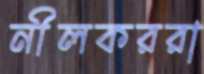
নীলকররা